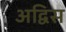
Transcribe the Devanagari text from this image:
अद्विस